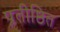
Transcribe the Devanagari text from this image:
प्रतीष्ठित